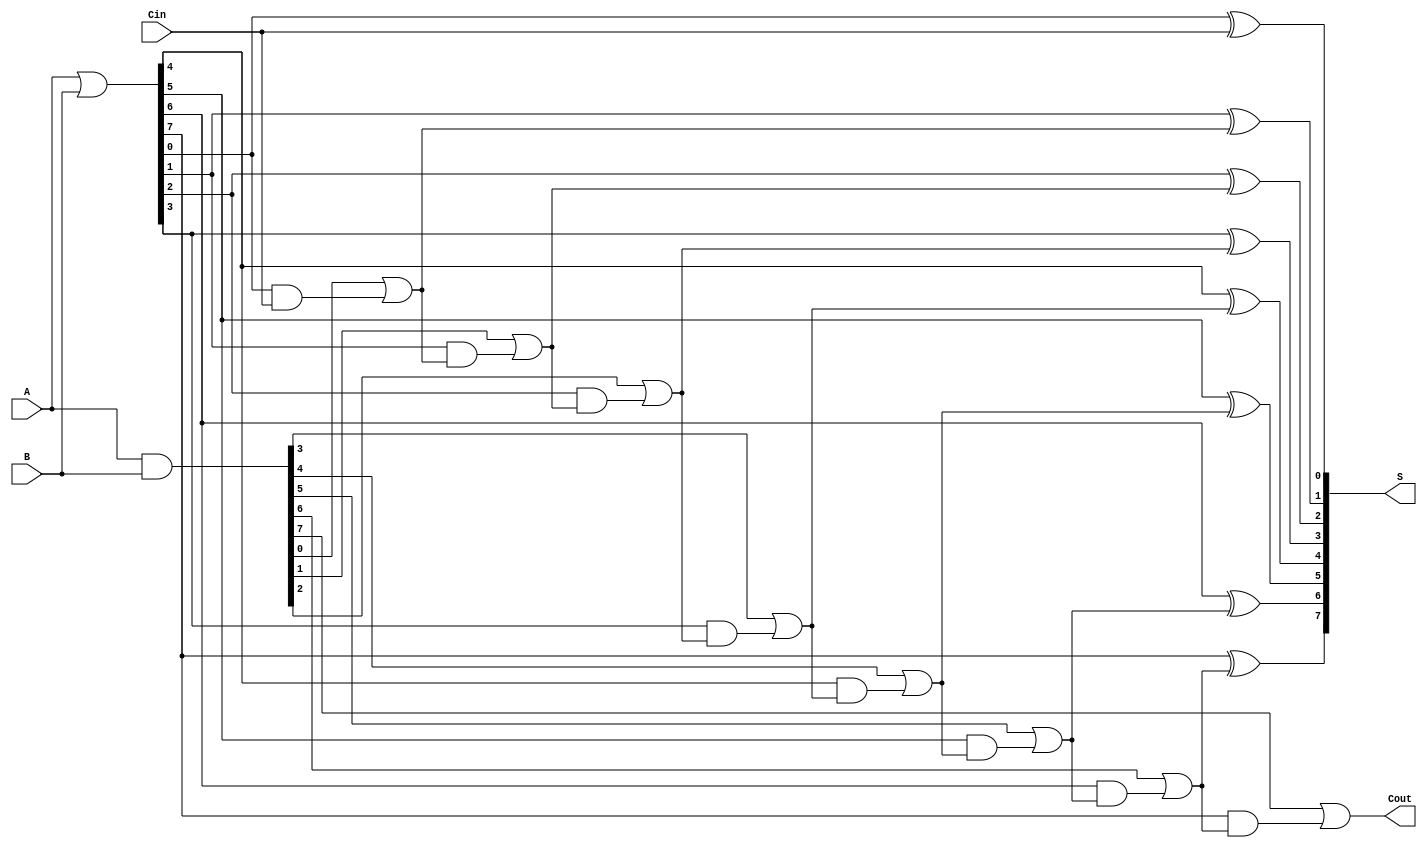
module brent_kung_adder #(parameter n = 8) (
    input  [n-1:0] A,       // First operand
    input  [n-1:0] B,       // Second operand
    input         Cin,       // Carry-in
    output [n-1:0] S,       // Sum output
    output        Cout       // Carry-out output
);

// Generate and propagate signals
wire [n-1:0] G; // Generate
wire [n-1:0] P; // Propagate
wire [n:0] C;    // Carry signals

// Generate and propagate computations
assign G = A & B;
assign P = A | B;

// Carry generation using Brent-Kung logic
genvar i;
generate
    // Initial carry generation
    assign C[0] = Cin; // Carry-in
    for (i = 0; i < n; i = i + 1) begin: carry_gen
        assign C[i + 1] = G[i] | (P[i] & C[i]);
    end
endgenerate

// Sum calculation
generate
    for (i = 0; i < n; i = i + 1) begin: sum_gen
        assign S[i] = P[i] ^ C[i]; // Sum equation
    end
endgenerate

// Final carry-out
assign Cout = C[n];

endmodule